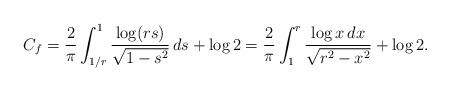
LaTeX: \begin{align*}C_f = \frac{2}{\pi} \int_{1/r}^1 \frac{\log(rs)}{\sqrt{1-s^2}}\,ds + \log{2} = \frac{2}{\pi} \int_1^r \frac{\log{x}\,dx}{\sqrt{r^2-x^2}} + \log{2}.\end{align*}